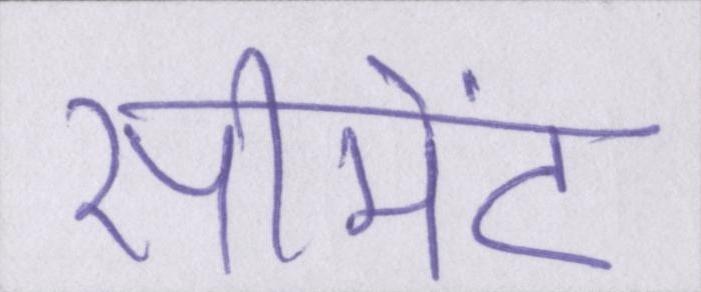
सीमेंट